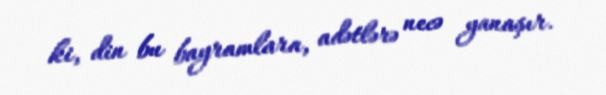
ki, din bu bayramlara, adətlərə necə yanaşır.